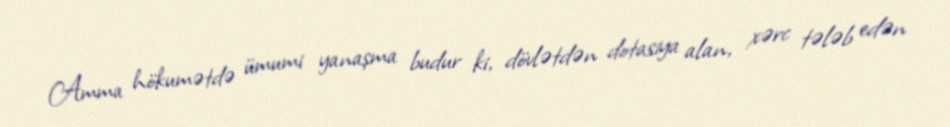
Amma hökumətdə ümumi yanaşma budur ki, dövlətdən dotasiya alan, xərc tələb edən